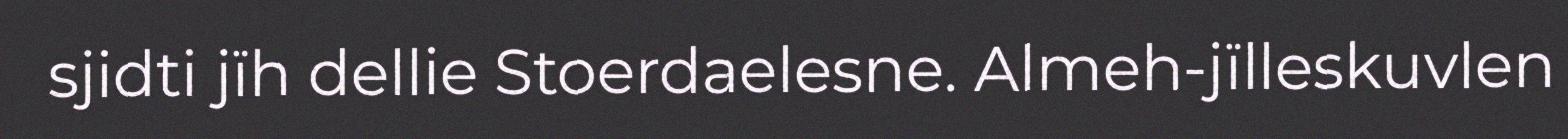
sjidti jïh dellie Stoerdaelesne. Almeh-jïlleskuvlen